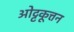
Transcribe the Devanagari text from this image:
ओट्टकूत्तन